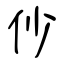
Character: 仯